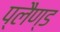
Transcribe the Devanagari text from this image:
प्लैण्ड